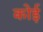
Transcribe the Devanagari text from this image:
कोई